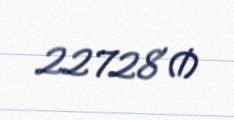
22728 ₼